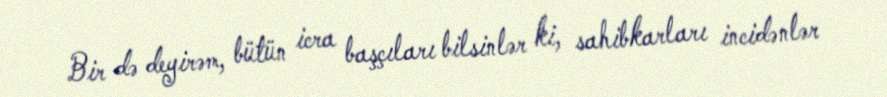
Bir də deyirəm, bütün icra başçıları bilsinlər ki, sahibkarları incidənlər